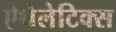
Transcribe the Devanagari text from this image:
ऐथेलेटिक्स